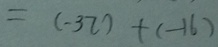
= ( - 3 7 ) + ( - 1 6 )